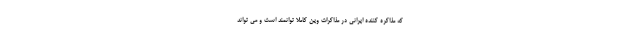
که مذاکره کننده ایرانی در مذاکرات وین کاملا توانمند است و می تواند